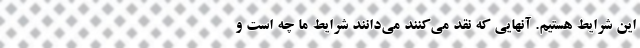
این شرایط هستیم. آنهایی که نقد می‌کنند می‌دانند شرایط ما چه است و